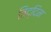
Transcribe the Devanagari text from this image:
तिद्दिम